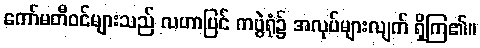
ကော်မတီဝင်များသည် လဟာပြင် ကပွဲရုံ၌ အလုပ်များလျက် ရှိကြ၏။